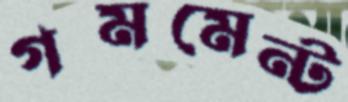
গমমেন্ট